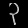
Digit: ၃